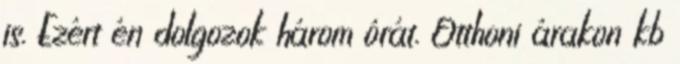
is. Ezért én dolgozok három órát. Otthoni árakon kb